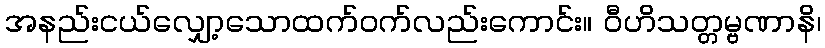
အနည်းငယ်လျှော့သောထက်ဝက်လည်းကောင်း။ ဝီဟိသတ္တမ္ဗဏာနိ၊